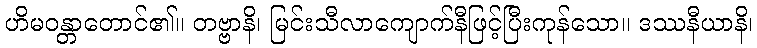
ဟိမဝန္တာတောင်၏။ တဗ္ဗာနိ၊ မြင်းသီလာကျောက်နီဖြင့်ပြီးကုန်သော။ ဒဿနီယာနိ၊